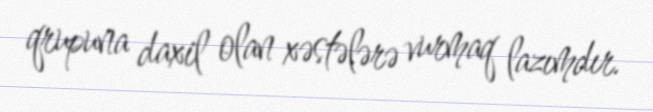
qrupuna daxil olan xəstələrə vurmaq lazımdır.